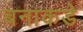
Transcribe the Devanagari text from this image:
बनाकडे